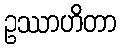
ဥဿာဟိတာ